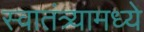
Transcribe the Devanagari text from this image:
स्वातंत्र्यामध्ये